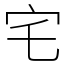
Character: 宅